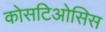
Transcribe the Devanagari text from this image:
कोसटिओसिस